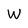
Character: W